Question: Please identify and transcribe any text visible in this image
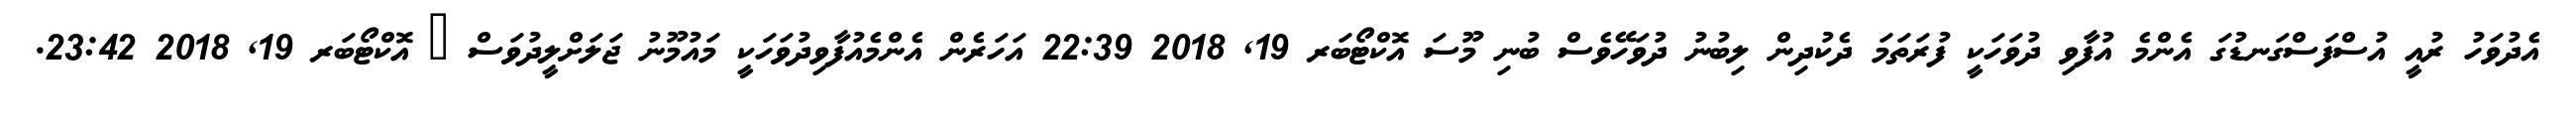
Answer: އެދުވަހު ރުއީ އުސްފަސްގަނޑުގަ އެންމެ އުފާވި ދުވަހަކީ ފުރަތަމަ ދެކުދިން ލިބުނު ދުވަހޭވެސް ބުނި މޫސަ އޮކްޓޯބަރ 19, 2018 22:39 އަހަރެން އެންމެއުފާވިދުވަހަކީ މައުމޫނު ޖަލަށްލީދުވަސް ? އޮކްޓޯބަރ 19, 2018 23:42.